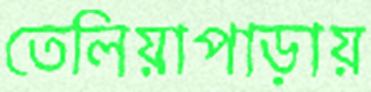
তেলিয়াপাড়ায়